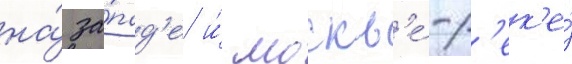
на́ за́пад'е и́ москв'е́-р'ек'е́